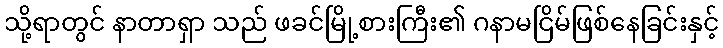
သို့ရာတွင် နာတာရှာ သည် ဖခင်မြို့စားကြီး၏ ဂနာမငြိမ်ဖြစ်နေခြင်းနှင့်